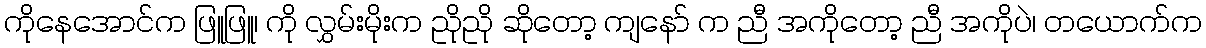
ကိုနေအောင်က ဖြူဖြူ၊ ကို လွှမ်းမိုးက ညိုညို ဆိုတော့ ကျနော် က ညီ အကိုတော့ ညီ အကိုပဲ၊ တယောက်က